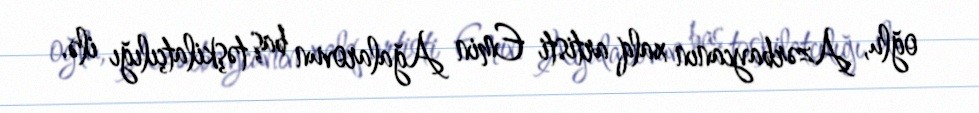
oğlu, Azərbaycanın xalq artisti Emin Ağalarovun baş təşkilatçılığı ilə.